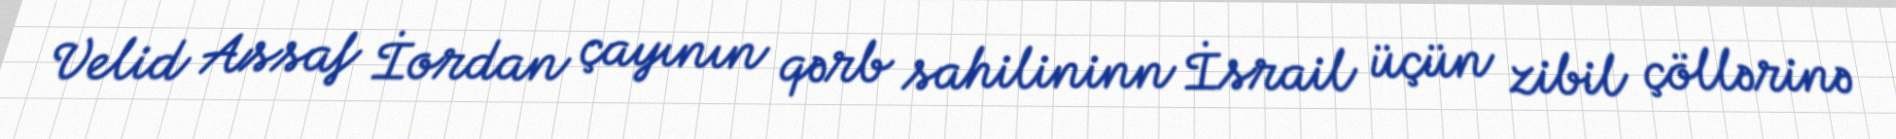
Velid Assaf İordan çayının qərb sahilininn İsrail üçün zibil çöllərinə